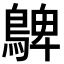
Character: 𪂃